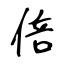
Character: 倍